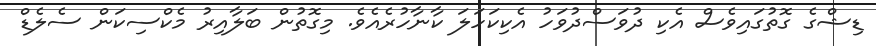
ޑިޝްގެ ގޮތުގައިވެސް އެކި ދުވަސްދުވަހު އެކިކަހަލަ ކާނާހުރެއެވެ. މިގޮތުން ބަލާއިރު މެކްސިކަން ސެލެޑް